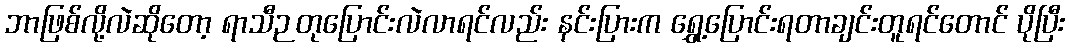
ဘာဖြစ်လို့လဲဆိုတော့ ရာသီဉတုပြောင်းလဲလာရင်လည်း နင်းပြားက ရွှေ့ပြောင်းရတာချင်းတူရင်တောင် ပိုပြီး